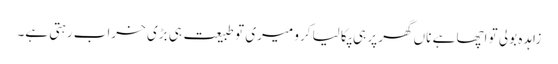
زاہدہ بولی تو اچھا ہے ناں گھر پر ہی پکا لیا کرو میری تو طبیعت ہی بڑی خراب رہتی ہے۔